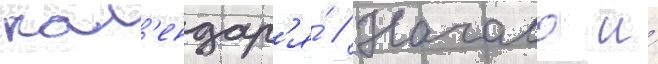
кал'ендар'я́ // Начало и́